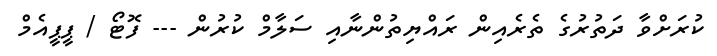
ކުރަށްވާ ދަތުރުގެ ތެރެއިން ރައްޔިތުންނާއި ސަލާމް ކުރުން --- ފޮޓޯ / ޕީޕީއެމް